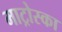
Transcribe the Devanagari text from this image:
माट्रोस्का